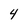
Character: 4